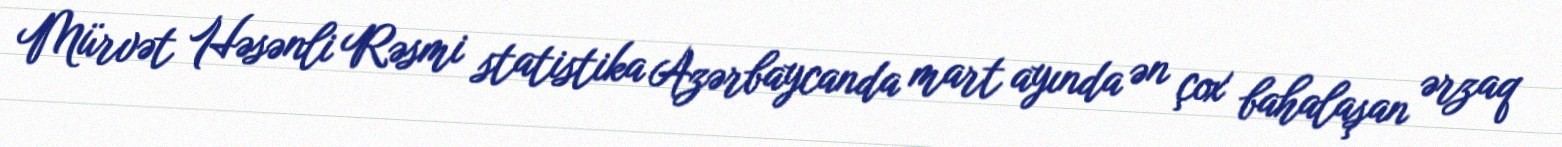
Mürvət Həsənli Rəsmi statistika Azərbaycanda mart ayında ən çox bahalaşan ərzaq